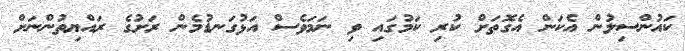
ކައުންސިލުން އެކަން އެގޮތަށް ކުރި ކަމުގައި ވި ނަމަވެސް އަޅުގަނޑުމެން ރަށުގެ ރައްޔިތުންނަށް